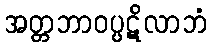
အတ္တဘာဝပ္ပဋိလာဘံ